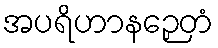
အပရိဟာနဉှေတံ